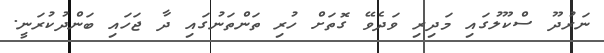
ނަރުދޫ ސްކޫލުގައި މަދިރި ވަދެވޭ ގޮތަށް ހުރި ތަންތަނުގައި ދާ ޖަހައި ބަންދުކުރަނީ.